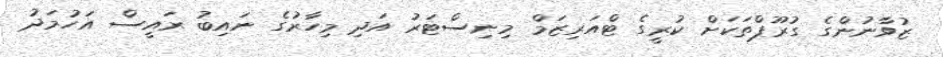
ޒުވާނުންގެ ގުރޫޕްތަކަށް ކުރީގެ ޓްއަރިޒަމް މިނިސްޓަރު އަދި މިހާރުގެ ނައިބު ރައީސް އަހުމަދު